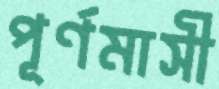
পূর্ণমাসী